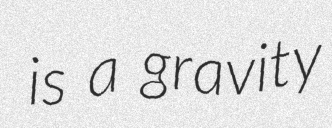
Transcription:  is a gravity